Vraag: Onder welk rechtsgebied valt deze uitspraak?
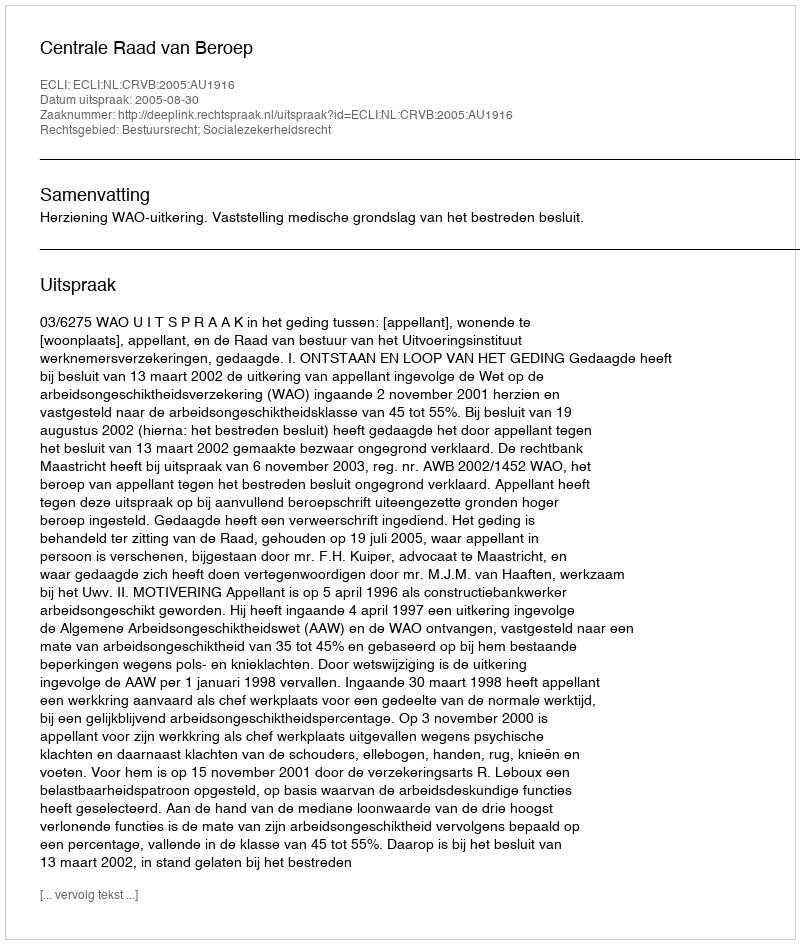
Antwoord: Bestuursrecht; Socialezekerheidsrecht